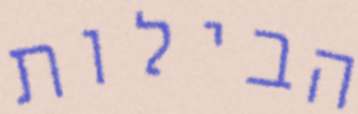
הבילות